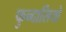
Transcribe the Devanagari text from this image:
फुन्दासियो